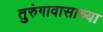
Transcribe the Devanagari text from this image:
तुरुंगावासाच्या